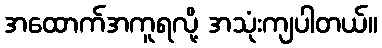
အထောက်အကူရလို့ အသုံးကျပါတယ်။